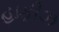
હાફીઝ